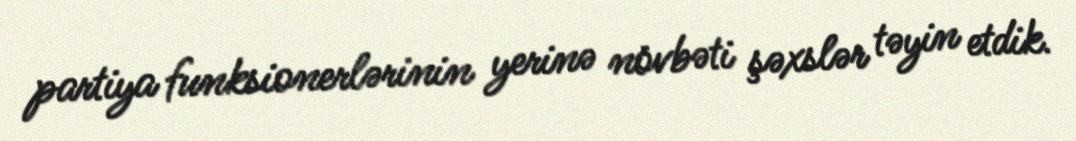
partiya funksionerlərinin yerinə növbəti şəxslər təyin etdik.